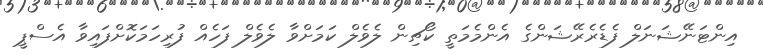
އިންޓަނޭޝަނަލް ފެޑެރެރޭޝަންގެ އެންމެމަތީ ކޯޗިން ލެވެލް ކަމަށްވާ ލެވެލް ފަހެއް ފުރިހަމަކޮށްފައިވާ އެސްޕީ